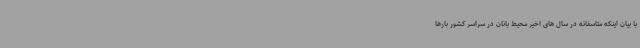
با بیان اینکه متاسفانه در سال های اخیر محیط بانان در سراسر کشور بارها